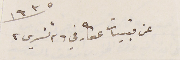
عن قبيات عكار في ٢٦ تشرين ٢ سنة ١٩٣٥